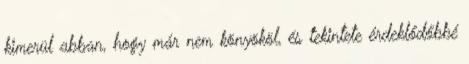
kimerül abban, hogy már nem könyököl, és tekintete érdeklődőbbé